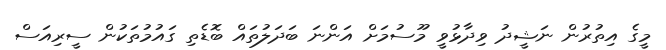
މީގެ އިތުރުން ނަޝީދު ވިދާޅުވީ މޫސުމަށް އަންނަ ބަދަލުތައް ބޮޑެތި ގައުމުތަކުން ސީރިއަސް